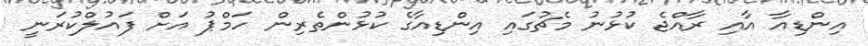
އިންޑިއާ އާއި ރާއްޖެ ކުޅުނު މެޗުގައި އިންޑިއާގެ ކުޅުންތެރިން ހަމްޕު އަށް ފައުލްކުރަނީ